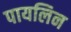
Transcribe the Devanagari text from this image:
पायलिन